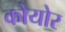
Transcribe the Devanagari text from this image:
कोयोर